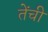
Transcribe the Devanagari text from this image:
तेंची